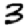
Digit: 3